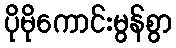
ပိုမိုကောင်းမွန်စွာ